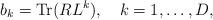
LaTeX: \begin{align*}b_{k}={\rm Tr}(RL^{k}), \quad k=1,\ldots,D, \end{align*}